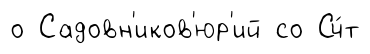
о Садовн'иков'юр'ий со Сч́т